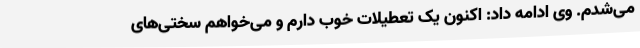
می‌شدم. وی ادامه داد: اکنون یک تعطیلات خوب دارم و می‌خواهم سختی‌های